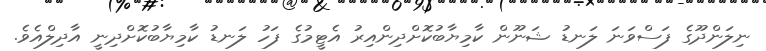
ނިލަންދޫގެ ފަސްވަނަ ލަނޑު ޝަނޫން ކާމިޔާބުކޮށްދިންއިރު އެޓީމުގެ ފަހު ލަނޑު ކާމިޔާބުކޮށްދިނީ އާދިލްއެވެ.